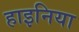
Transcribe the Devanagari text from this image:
हाइनिया